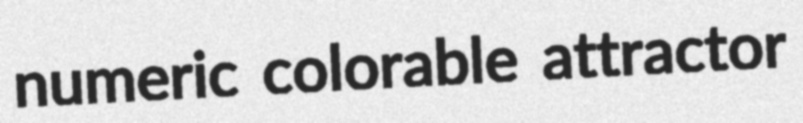
numeric colorable attractor